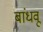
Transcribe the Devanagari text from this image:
बांधवू